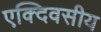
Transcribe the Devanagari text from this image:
एक्दिवसीय